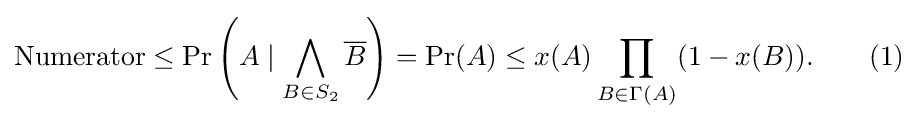
{\text{Numerator}}\leq \Pr \left(A\mid \bigwedge _{B\in S_{2}}{\overline {B}}\right)=\Pr(A)\leq x(A)\prod _{B\in \Gamma (A)}(1-x(B)).\qquad (1)